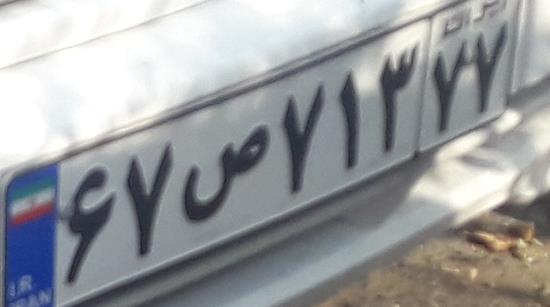
۶۷ص۷۱۳۷۷